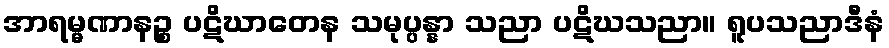
အာရမ္မဏာနဉ္စ ပဋိဃာတေန သမုပ္ပန္နာ သညာ ပဋိဃသညာ။ ရူပသညာဒီနံ